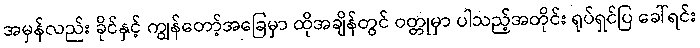
အမှန်လည်း ခိုင်နှင့် ကျွန်တော့်အခြေမှာ ထိုအချိန်တွင် ဝတ္တုမှာ ပါသည့်အတိုင်း ရုပ်ရှင်ပြ ခေါ်ရင်း